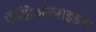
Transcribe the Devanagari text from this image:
फॅझिओलाइडेस